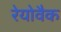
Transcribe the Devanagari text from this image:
रेयोवैक